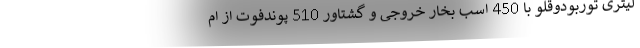
لیتری توربودوقلو با 450 اسب بخار خروجی و گشتاور 510 پوندفوت از ام